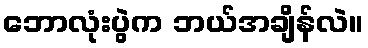
ဘောလုံးပွဲက ဘယ်အချိန်လဲ။